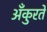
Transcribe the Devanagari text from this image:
अँकुरते